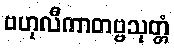
ဗဟုလီကာတဗ္ဗသုတ္တံ